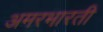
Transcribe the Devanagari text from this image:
अमरभारती